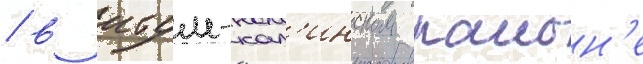
/ в итум-кал'инском раион'е